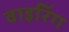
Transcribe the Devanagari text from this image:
वाइरिंग